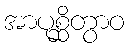
အာပုစ္ဆိတွာဝ